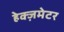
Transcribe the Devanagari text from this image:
हेक्ज़मेटर